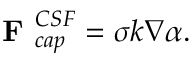
\textbf { F } _ { c a p } ^ { C S F } = \sigma k \nabla \alpha .